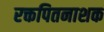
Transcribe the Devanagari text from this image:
रक्तपितनाशक